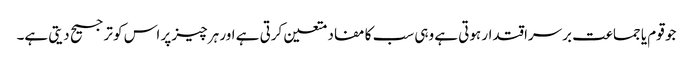
جو قوم یا جماعت برسراقتدار ہوتی ہے وہی سب کا مفاد متعین کرتی ہے اور ہر چیز پر اس کو ترجیح دیتی ہے۔